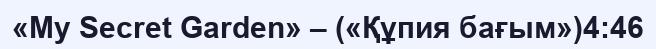
«My Secret Garden» – («Құпия бағым»)4:46